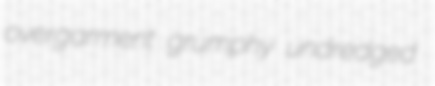
overgarment grumphy undredged